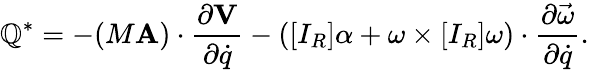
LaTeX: \mathbb{Q}^{*}=-(M\mathbf{{A}})\cdot{\frac{{\partial\mathbf{{V}}}}{{\partial{\dot{{q}}}}}}-([I_{R}]\alpha+\omega\times[I_{R}]\omega)\cdot{\frac{{\partial{\vec{{\omega}}}}}{{\partial{\dot{{q}}}}}}.